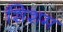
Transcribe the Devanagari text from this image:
शिशम